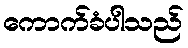
ကောက်ခံပါသည်